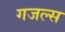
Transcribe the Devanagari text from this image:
गजल्स